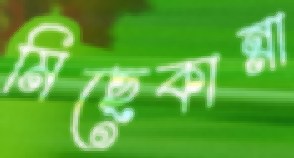
মিছেকান্না